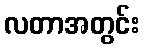
လတာအတွင်း